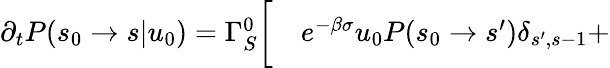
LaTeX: \begin{array}{rl}{\partial_{t}P(s_{0}\to s|u_{0})=\Gamma_{S}^{0}\biggl[}&{{}e^{-\beta\sigma}u_{0}P(s_{0}\to s^{\prime})\delta_{s^{\prime},s-1}+}\end{array}